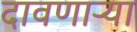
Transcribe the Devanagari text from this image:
दावणाऱ्या